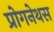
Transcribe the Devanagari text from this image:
प्रोगनेथस